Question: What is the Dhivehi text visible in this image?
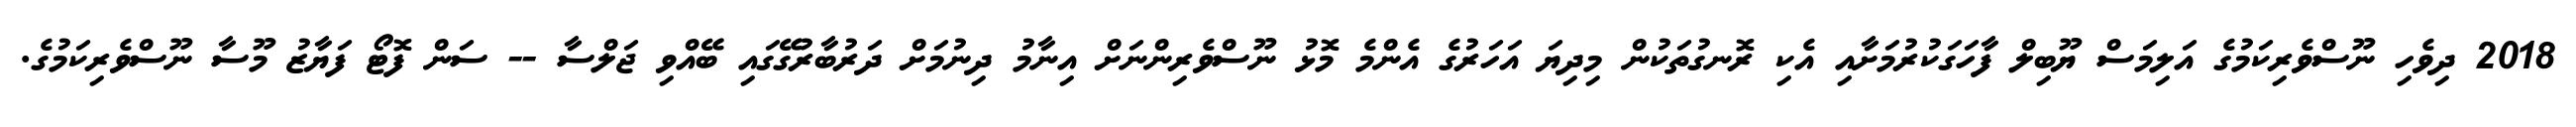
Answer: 2018 ދިވެހި ނޫސްވެރިކަމުގެ އަލިމަސް ޔޫބިލް ފާހަގަކުރުމަށާއި އެކި ރޮނގުތަކުން މިދިޔަ އަހަރުގެ އެންމެ މޮޅު ނޫސްވެރިންނަށް އިނާމު ދިނުމަށް ދަރުބާރުގޭގައި ބޭއްވި ޖަލްސާ -- ސަން ފޮޓޯ ފަޔާޒު މޫސާ ނޫސްވެރިކަމުގެ.